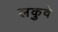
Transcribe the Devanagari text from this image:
लकुवे